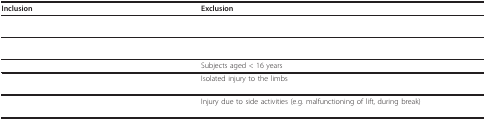
<table><thead><tr><td><b>Inclusion</b></td><td><b>Exclusion</b></td></tr></thead><tbody><tr><td>[EMPTY_CELL]</td><td>[EMPTY_CELL]</td></tr><tr><td>[EMPTY_CELL]</td><td>[EMPTY_CELL]</td></tr><tr><td>[EMPTY_CELL]</td><td>Subjects aged &lt; 16 years</td></tr><tr><td>[EMPTY_CELL]</td><td>Isolated injury to the limbs</td></tr><tr><td>[EMPTY_CELL]</td><td>Injury due to side activities (e.g. malfunctioning of lift, during break)</td></tr></tbody></table>